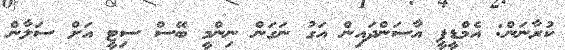
ކުރާނަން: އެމްޑީޕީ އާސަންދައިން އަގު ނަގަން ނިންމީ ބޭސް ސިޓީ އަށް ސަލާން